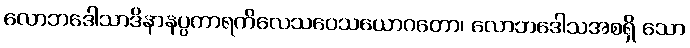
လောဘဒေါသာဒိနာနပ္ပကာရကိလေသဝေသယောဂတော၊ လောဘဒေါသအစရှိ သော